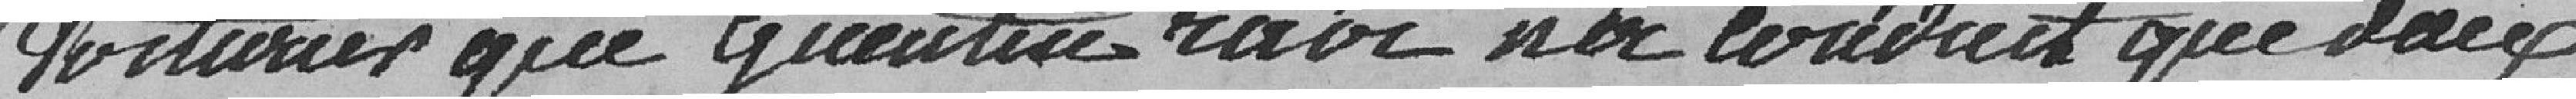
voiturier que Quentin ravi n'a couvert que deux